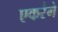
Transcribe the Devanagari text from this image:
एकरंगे